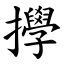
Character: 㩭